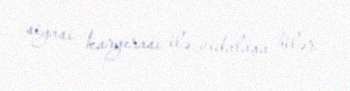
siyasi karyerası ilə vidalaşa bilər.